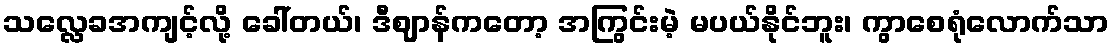
သလ္လေခအကျင့်လို့ ခေါ်တယ်၊ ဒီဈာန်ကတော့ အကြွင်းမဲ့ မပယ်နိုင်ဘူး၊ ကွာစေရုံလောက်သာ